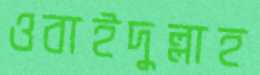
ওবাইদুল্লাহ